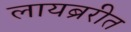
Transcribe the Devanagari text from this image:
लायब्ररीत